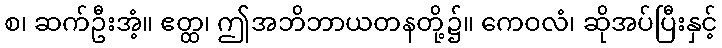
စ၊ ဆက်ဦးအံ့။ ဧတ္ထ၊ ဤအဘိဘာယတနတို့၌။ ကေဝလံ၊ ဆိုအပ်ပြီးနှင့်